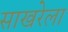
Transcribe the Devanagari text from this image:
साखरेला